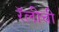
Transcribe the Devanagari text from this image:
रॅलीची